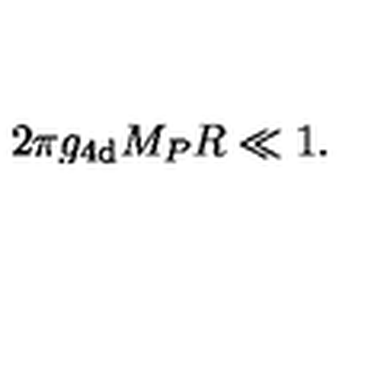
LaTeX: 2 \pi g _ { \mathrm { 4 d } } M _ { P } R \ll 1 .